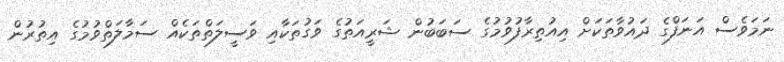
ނަމަވެސް އަނަފްގެ ދައުވާތަކަށް އިއުތިރާފުވުމުގެ ސަބަބުން ޝަރީއަތުގެ ވަގުތަކާއި ވަސީލަތްތަކެއް ސަމާލަތްވުމުގެ އިތުރުން